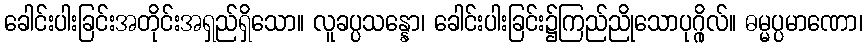
ခေါင်းပါးခြင်းအတိုင်းအရှည်ရှိသော။ လူခပ္ပသန္နော၊ ခေါင်းပါးခြင်း၌ကြည်ညိုသောပုဂ္ဂိုလ်။ ဓမ္မပ္ပမာဏော၊